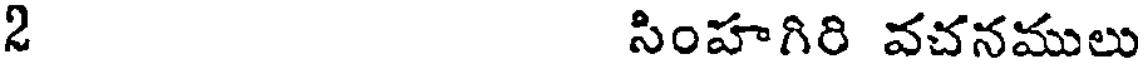
2 సింహగిరి వచనములు